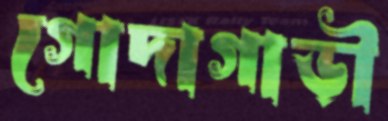
গোদাগাড়ী